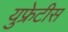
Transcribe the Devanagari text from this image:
युफ्रेटीस